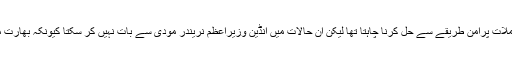
انہوں نے امریکی سینیٹرز پر واضح کیا کہ میں ہمیشہ سے معاملات پرامن طریقے سے حل کرنا چاہتا تھا لیکن ان حالات میں انڈین وزیراعظم نریندر مودی سے بات نہیں کر سکتا کیونکہ بھارت مقبوضہ کشمیر میں انسانی حقوق کی خلاف ورزیاں کر رہا ہے۔